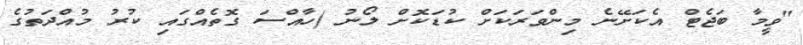
"ވީމާ ބަޖެޓް އެކަށޭނެ މިންވަރަކަށް ކުޑަކޮށް ލޯނު (ހާއްސަ ގޮތެއްގައި ކުރު މުއްދަތުގެ